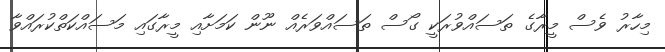
މިހާރު ވެސް މީރާގެ ތަސައްވުރަކީ ގޯސް ތަސައްވަރެއް ނޫން ކަމަށާއި މީރާގައި މަސައްކަތްކުރައްވާ